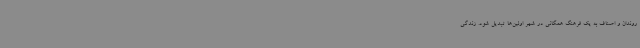
روندان و اصناف به یک فرهنگ همگانی در شهر اولین‌ها تبدیل شود. زندگی